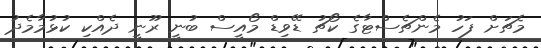
މެޗަށް ފަހު މެންޗެސްޓާގެ ކޯޗު ޑޭވިޑް މޯއީސް ބުނީ ރޫނީ ދެއްކި ކުޅުމާމެދު